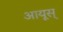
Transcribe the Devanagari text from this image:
आयूस्‌